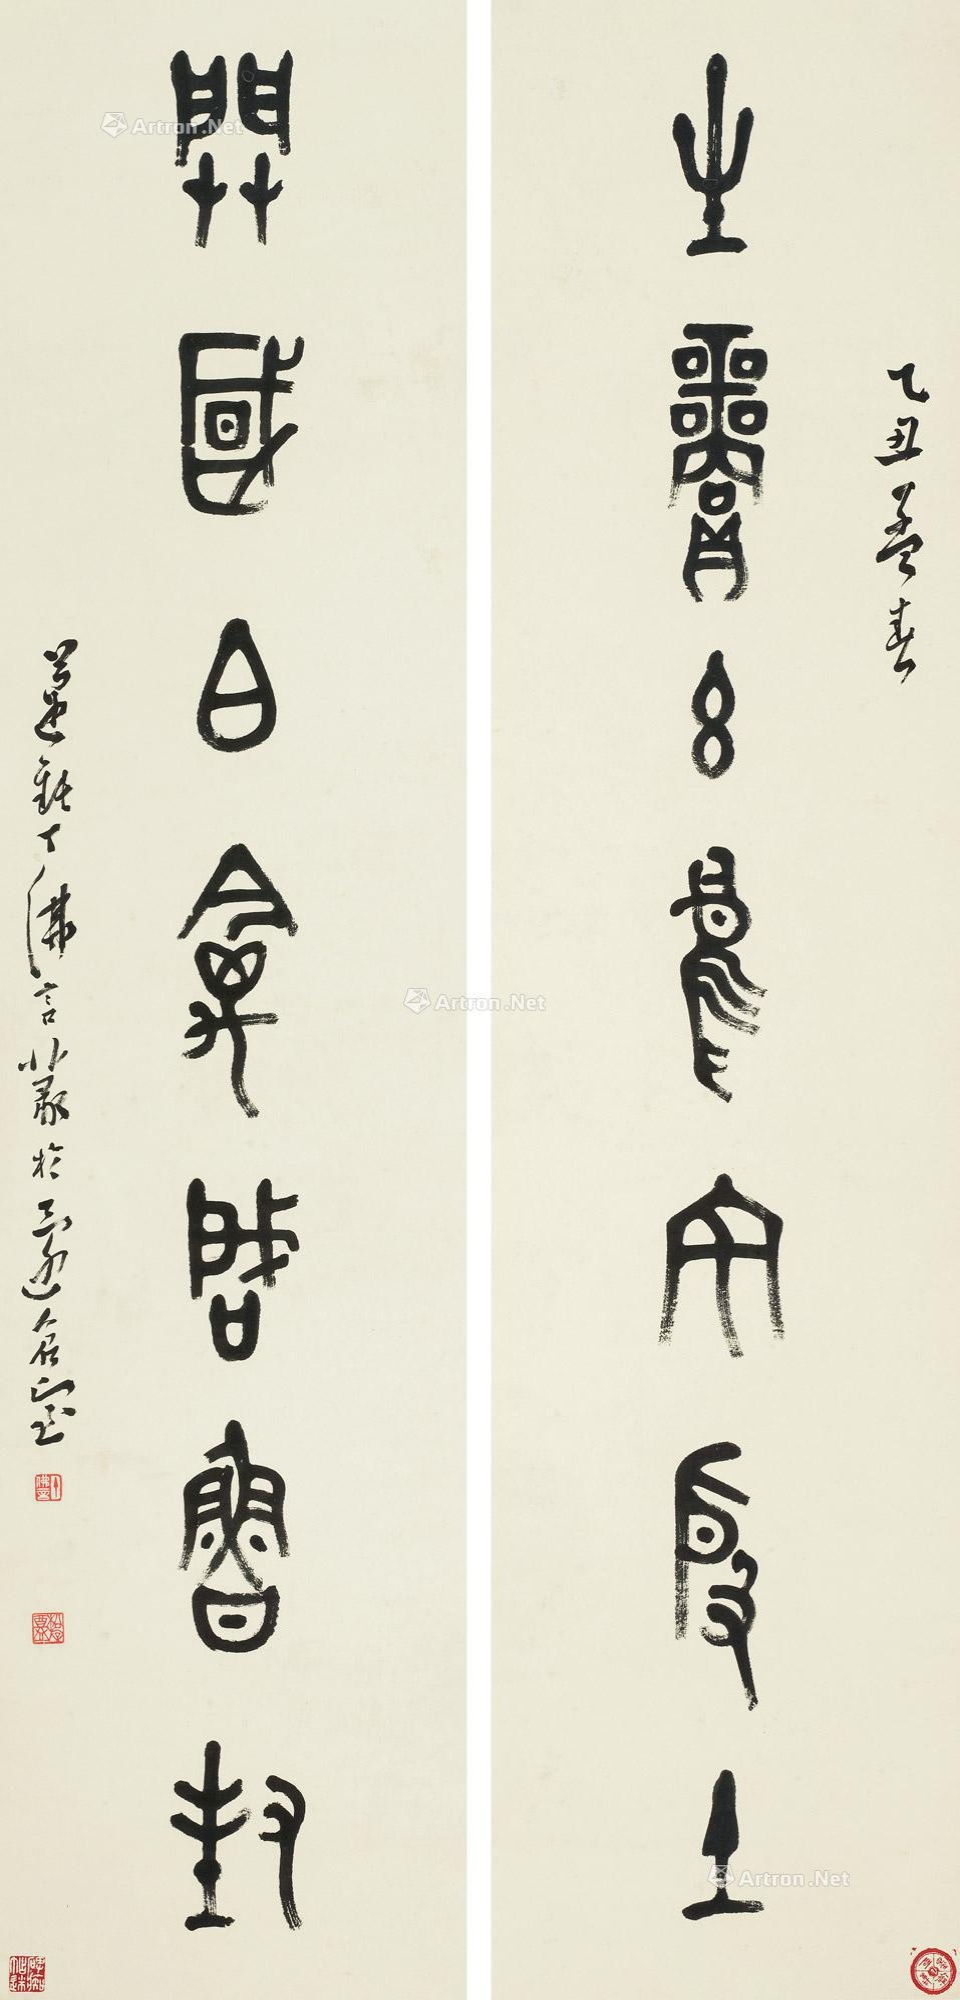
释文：生商玄鸟宅殷土，开国白禽启鲁封。乙丑孟春，迈钝丁佛言篆于还仓室。